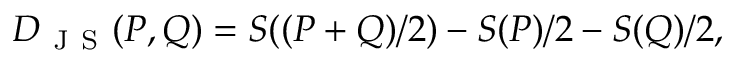
D _ { \mathrm { ~ J ~ S ~ } } ( P , Q ) = S ( ( P + Q ) / 2 ) - S ( P ) / 2 - S ( Q ) / 2 ,